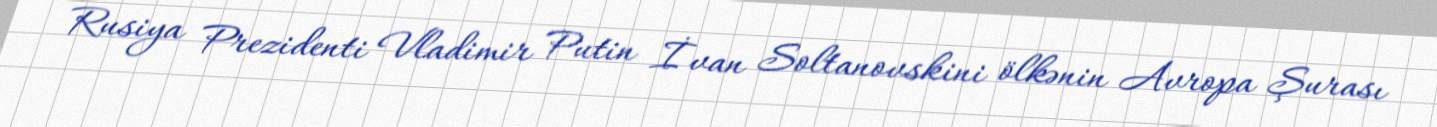
Rusiya Prezidenti Vladimir Putin İvan Soltanovskini ölkənin Avropa Şurası